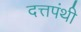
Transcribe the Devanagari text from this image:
दत्तपंथी